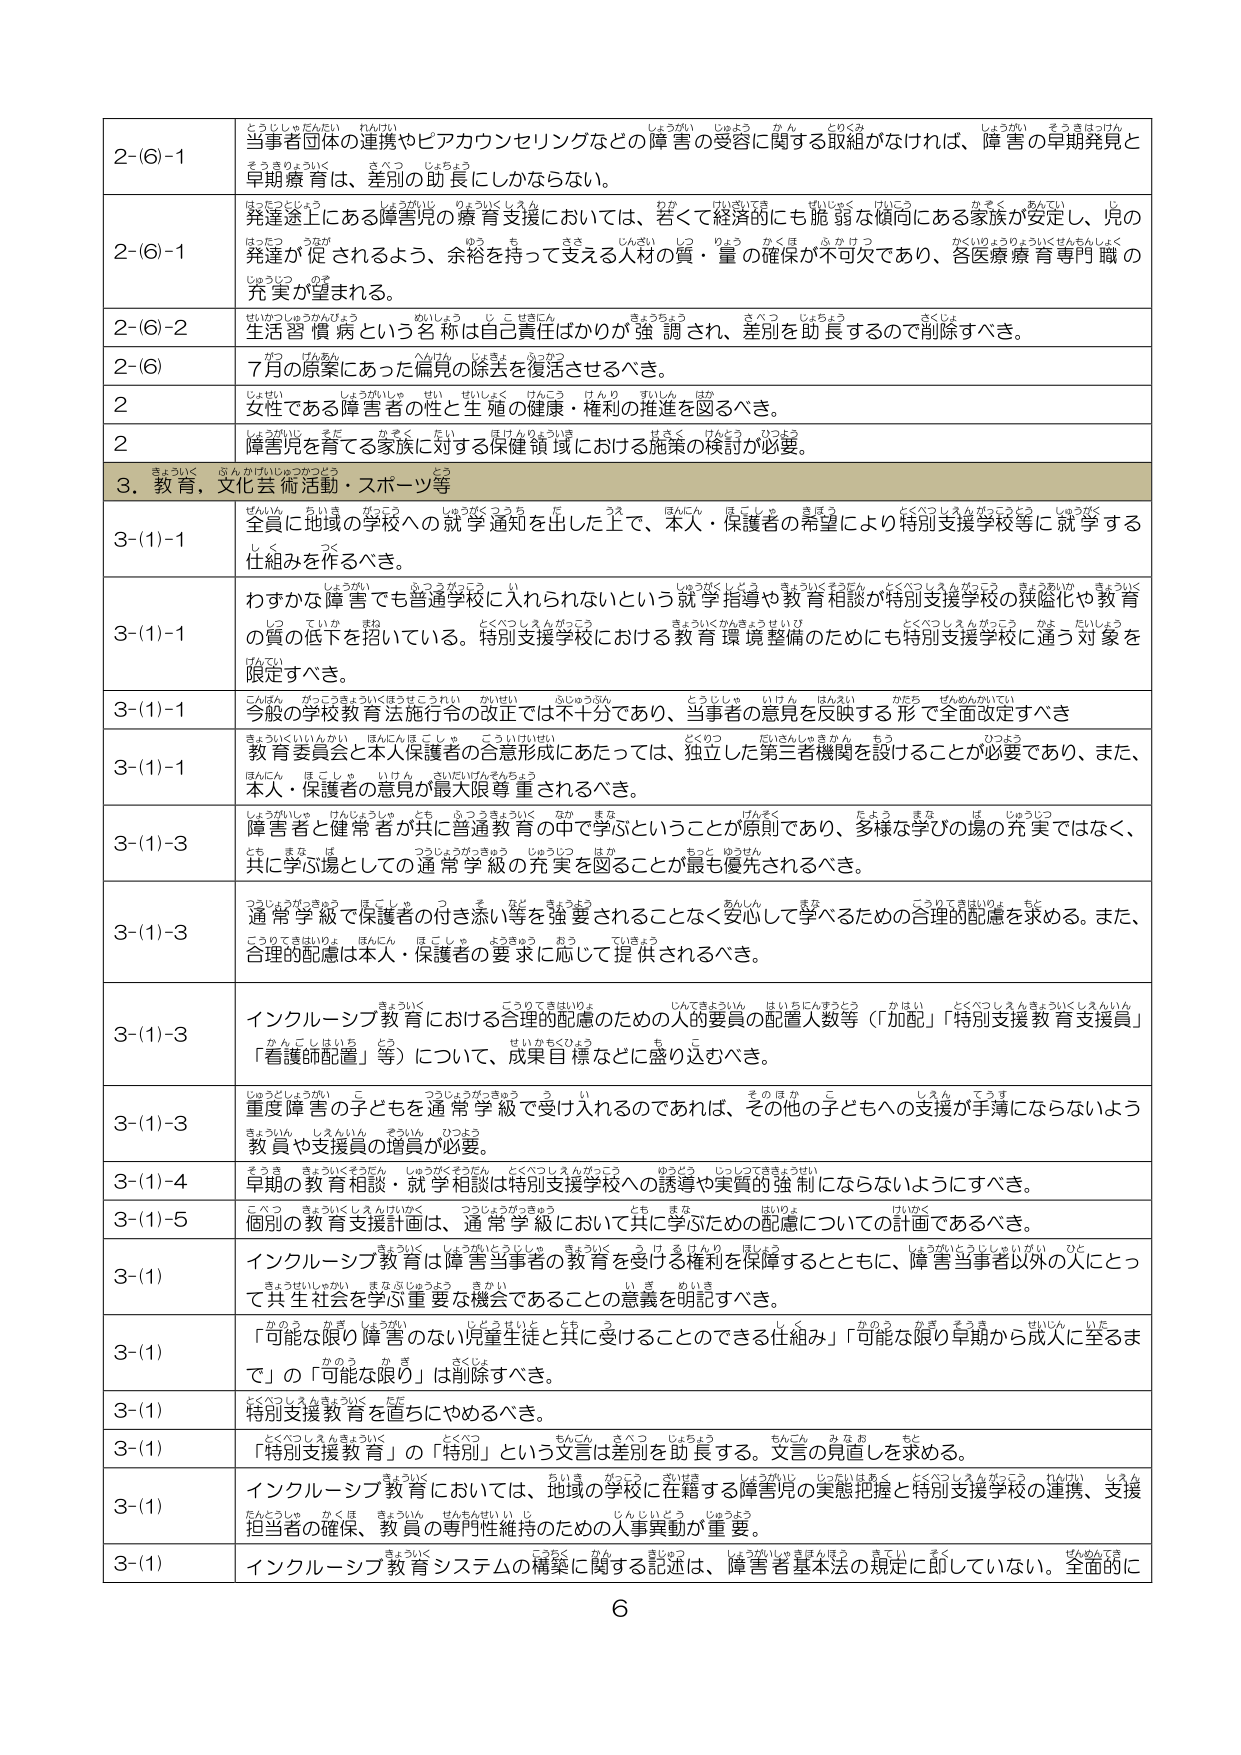
2-(6)-1 当事者団体の連携やピアカウンセリングなどの障害の受容に関する取組がなければ、障害の早期発見と早期療育は、差別の助長にしかならない。

2-(6)-1 発達途上にある障害児の療育支援においては、若くて経済的にも脆弱な傾向にある家族が安定し、児の発達が促されるよう、余裕を持って支える人材の質・量の確保が不可欠であり、各医療療育専門職の充実が望まれる。

2-(6)-2 生活習慣病という名称は自己責任ばかりが強調され、差別を助長するので削除すべき。

2-(6) 7月の原案にあった偏見の除去を復活させるべき。

2 女性である障害者の性と生殖の健康・権利の推進を図るべき。

2 障害児を育てる家族に対する保健領域における施策の検討が必要。

3. 教育、文化芸術活動・スポーツ等

3-(1)-1 全員に地域の学校への就学通知を出した上で、本人・保護者の希望により特別支援学校等に就学する仕組みを作るべき。

3-(1)-1 わずかな障害でも普通学校に入れられないという就学指導や教育相談が特別支援学校の狭隘化や教育の質の低下を招いている。特別支援学校における教育環境整備のためにも特別支援学校に通う対象を限定すべき。

3-(1)-1 今般の学校教育法施行令の改正では不十分であり、当事者の意見を反映する形で全面改正すべき

3-(1)-1 教育委員会と本人保護者の合意形成にあたっては、独立した第三者機関を設けることが必要であり、また、本人・保護者の意見が最大限尊重されるべき。

3-(1)-3 障害児と健常者が共に普通教育の中で学ぶということが原則であり、多様な学び場の充実ではなく、共に学ぶ場としての通常学級の充実を図ることが最も優先されるべき。

3-(1)-3 通常学級で保護者の付き添い等を強要されることなく安心して学べるための合理的配慮を求める。また、合理的配慮は本人・保護者の要求に応じて提供されるべき。

3-(1)-3 インクルーシブ教育における合理的配慮のための人的要員の配置人数等（「加配」「特別支援教育支援員」「看護師配置」等）について、成果目標などに盛り込むべき。

3-(1)-3 重度障害の子どもを通常学級で受け入れるのであれば、その他の子どもへも支援が手薄にならないよう教員や支援員の増員が必要。

3-(1)-4 早期の教育相談・就学相談は特別支援学校への誘導や実質的強制にならないようにすべき。

3-(1)-5 個別の教育支援計画は、通常学級において共に学ぶための配慮についての計画であるべき。

3-(1) インクルーシブ教育は障害当事者の教育を受ける権利を保障するとともに、障害当事者以外の人にとって共生社会を学ぶ重要な機会であることの意義を明記すべき。

3-(1) 「可能な限り障害のない児童生徒と共に受けることのできる仕組み」「可能な限り早期から成人に至るまで」の「可能な限り」は削除すべき。

3-(1) 特別支援教育を直ちにやめるべき。

3-(1) 「特別支援教育」の「特別」という文言は差別を助長する。文言の見直しを求める。

3-(1) インクルーシブ教育においては、地域の学校に在籍する障害児の実態把握と特別支援学校の連携、支援担当者の確保、教員の専門性維持のための人事異動が重要。

3-(1) インクルーシブ教育システムの構築に関する記述は、障害者基本法の規定に即していない。全面的に

6